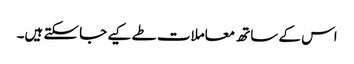
اس کے ساتھ معاملات طے کیے جا سکتے ہیں۔